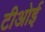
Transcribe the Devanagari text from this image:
टीओई